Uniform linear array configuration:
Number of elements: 24
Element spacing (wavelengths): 0.25
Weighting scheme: kaiser
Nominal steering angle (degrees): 45
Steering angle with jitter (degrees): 45.51
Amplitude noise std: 0.05
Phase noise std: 0.05

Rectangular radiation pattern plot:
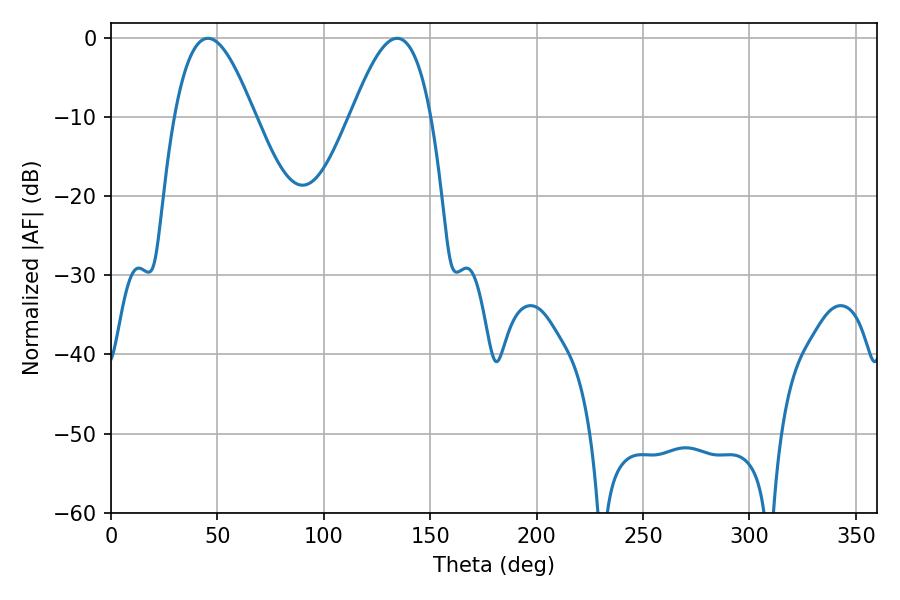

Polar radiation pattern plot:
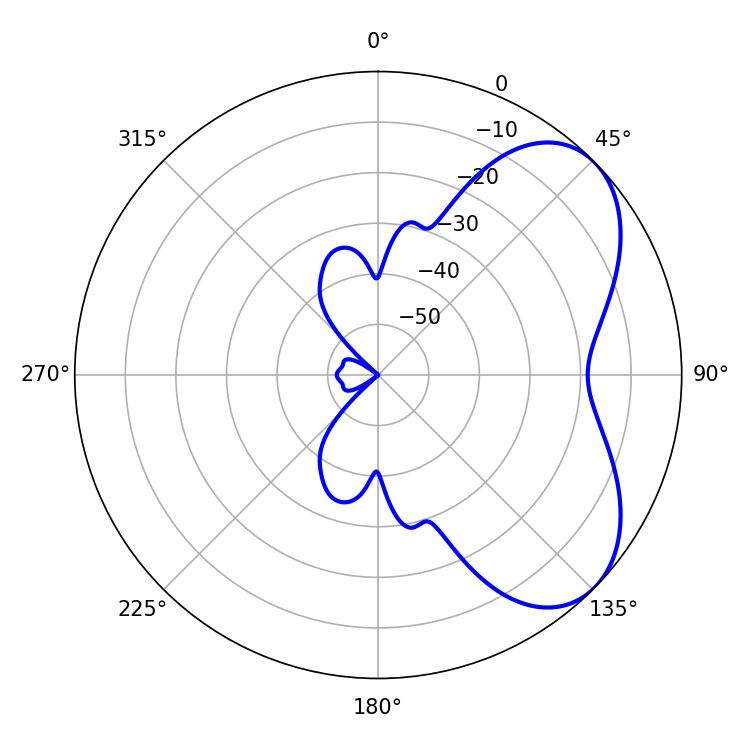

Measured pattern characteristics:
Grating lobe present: FALSE
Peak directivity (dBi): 5.416
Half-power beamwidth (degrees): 20.34
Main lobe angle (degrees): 45.54